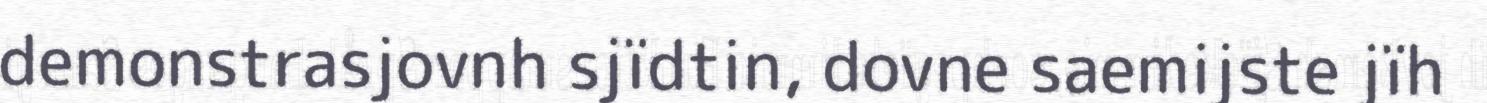
demonstrasjovnh sjïdtin, dovne saemijste jïh